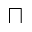
\sqcap